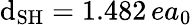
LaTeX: \mathrm{d}_{\mathrm{{SH}}}=1.482\, ea_{0}